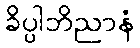
ခိပ္ပါဘိညာနံ